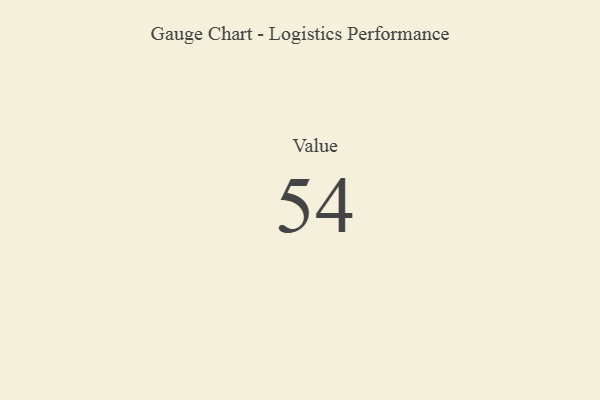
{"axis": {"x": "Metric", "y": "Value"}, "legend": [""], "data": [{"x": "Value", "y": 54, "type": ""}]}